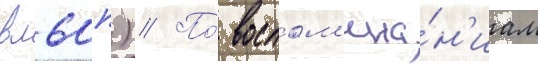
вл60п) // По́ воспом'ина́н'иам